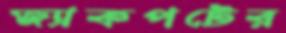
জ্যাকপটের